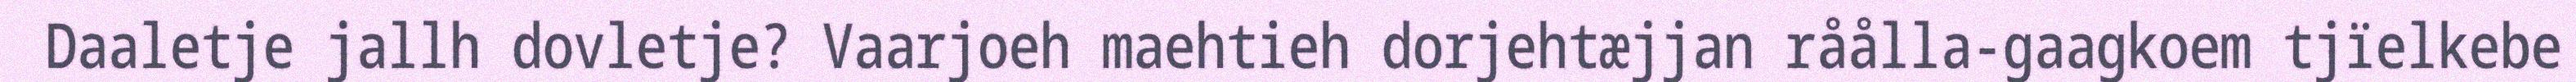
Daaletje jallh dovletje? Vaarjoeh maehtieh dorjehtæjjan råålla-gaagkoem tjïelkebe